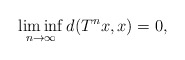
\begin{align*}\liminf_{n\to\infty}d(T^nx,x)=0,\end{align*}